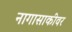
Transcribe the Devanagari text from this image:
नागासाकीवर